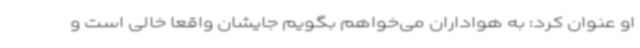
او عنوان کرد: به هواداران می‌خواهم بگویم جایشان واقعا خالی است و